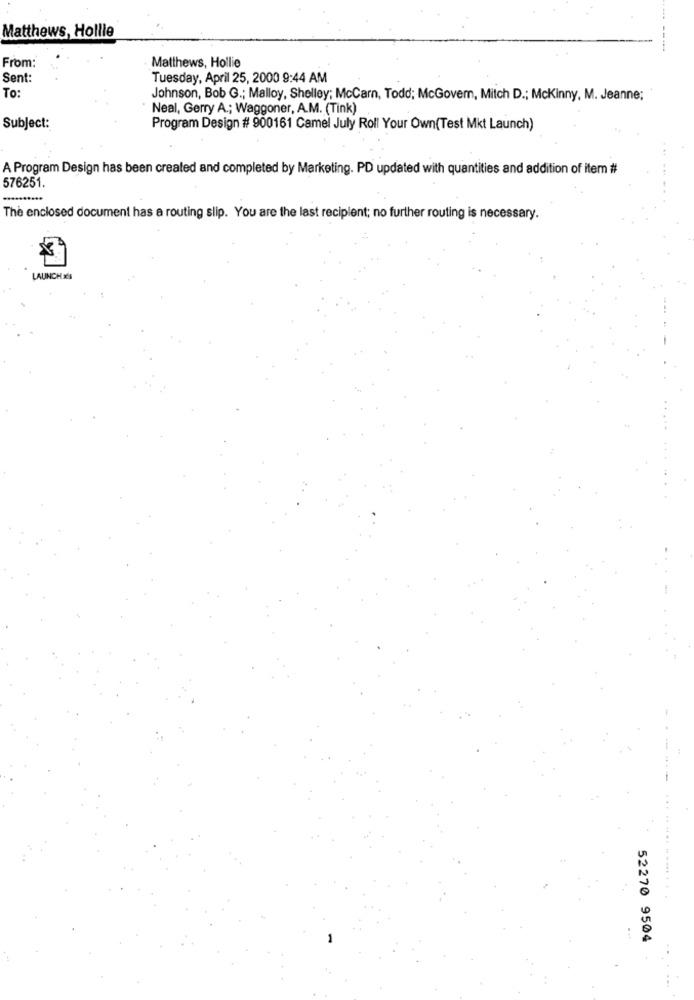
Matthews, Hollie
----
From:
Matthews, Hollie
Sent:
Tuesday, April 25, 2000 9:44 AM
To:
Johnson, Bob G .; Malloy, Shelley; McCarn, Todd; McGovern, Mitch D .; Mckinny, M. Jeanne;
Neal, Gerry A .; Waggoner, A.M. (Tink)
Subject:
Program Design # 900161 Camel July Roll Your Own(Test Mkt Launch)
A Program Design has been created and completed by Marketing. PD updated with quantities and addition of item #
576251.
.....
The enclosed document has a routing slip. You are the last recipient; no further routing is necessary.
LAUNCH IS
-----
... ...... ...
52270 9504